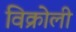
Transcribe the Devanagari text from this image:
विक्रोली